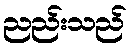
ညည်းသည်